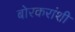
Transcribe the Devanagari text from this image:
बोरकरांशी